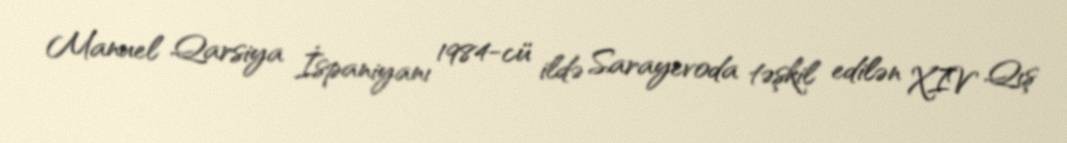
Manuel Qarsiya İspaniyanı 1984-cü ildə Sarayevoda təşkil edilən XIV Qış